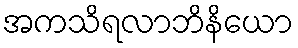
အကသိရလာဘိနိယော